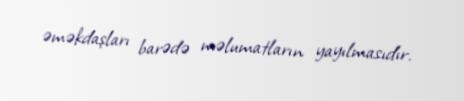
əməkdaşları barədə məlumatların yayılmasıdır.